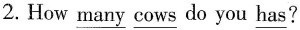
2.How \underline{many} \underline{cows} do you \underline{has}?